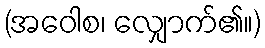
(အဝေါစ၊ လျှောက်၏။)